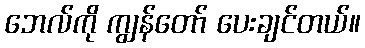
ဘေလ်ကို ကျွန်တော် ပေးချင်တယ်။